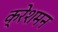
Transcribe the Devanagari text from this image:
क्रेशमन